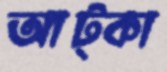
আট্‌কা